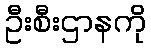
ဦးစီးဌာနကို